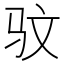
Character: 𫘜